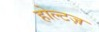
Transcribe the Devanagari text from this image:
होल्टज़